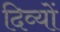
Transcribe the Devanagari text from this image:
दिव्यों